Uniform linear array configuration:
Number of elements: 64
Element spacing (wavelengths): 1
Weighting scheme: hamming
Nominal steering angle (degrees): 30
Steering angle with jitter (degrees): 30.15
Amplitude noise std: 0.05
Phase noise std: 0.05

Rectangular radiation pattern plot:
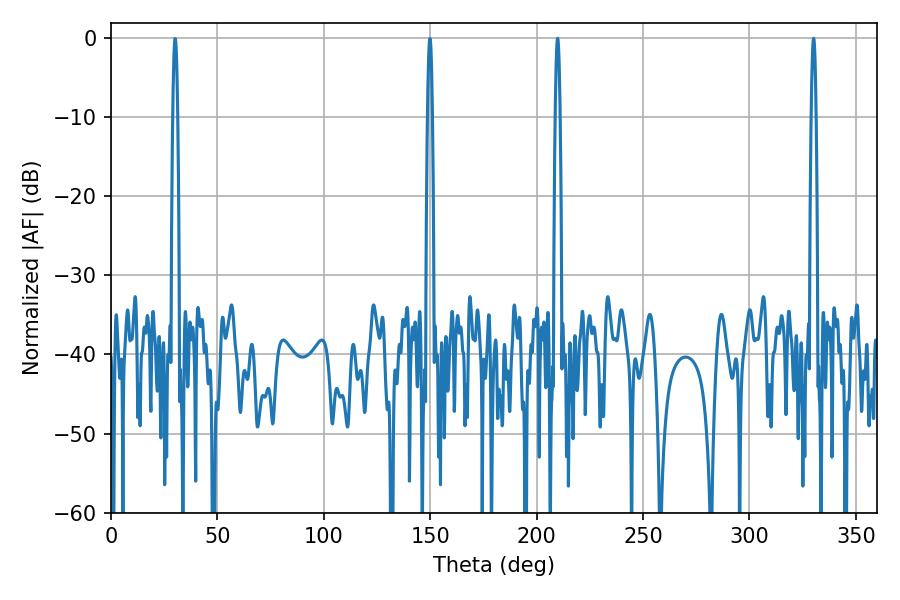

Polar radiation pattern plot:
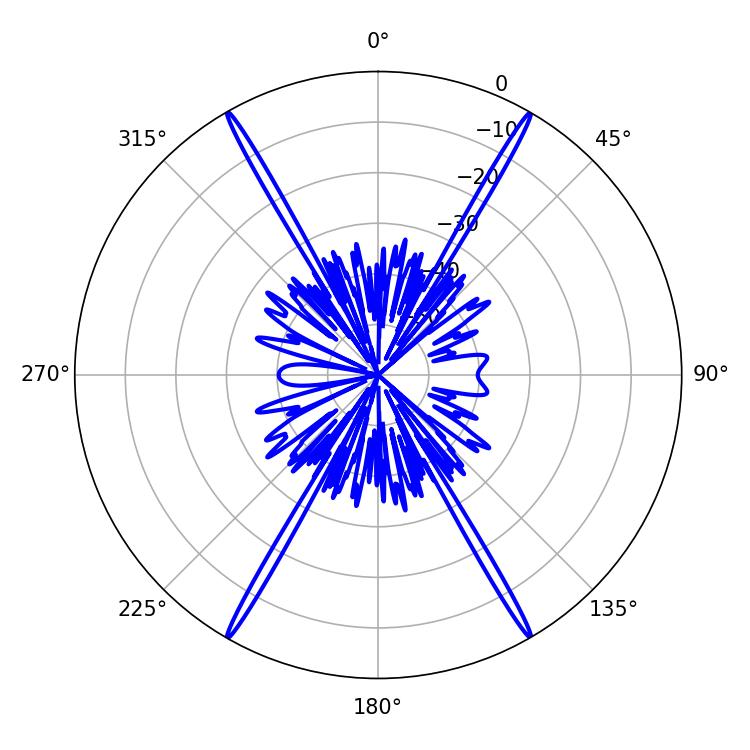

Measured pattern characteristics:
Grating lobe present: TRUE
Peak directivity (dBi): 38.834
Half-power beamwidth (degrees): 1.08
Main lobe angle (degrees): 330.12